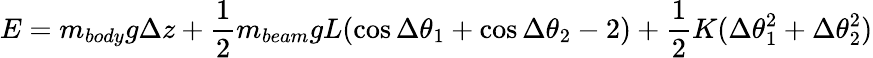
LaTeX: E=m_{body}g\Delta z+\frac{1}{2}m_{beam}gL(\cos\Delta\theta_{1}+\cos\Delta\theta_{2}-2)+\frac{1}{2}K(\Delta\theta_{1}^{2}+\Delta\theta_{2}^{2})